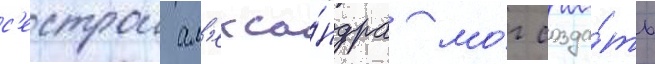
с'естрои ал'екса́ндра мо́г созда́ть